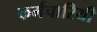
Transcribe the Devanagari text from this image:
कर्मचारियी